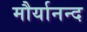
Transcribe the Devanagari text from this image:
मौर्यानन्द